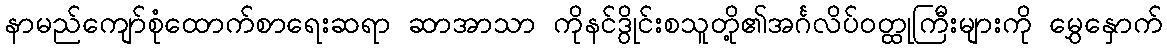
နာမည်ကျော်စုံထောက်စာရေးဆရာ ဆာအာသာ ကိုနင်ဒွိုင်းစသူတို့၏အင်္ဂလိပ်ဝတ္ထုကြီးများကို မွှေနှောက်